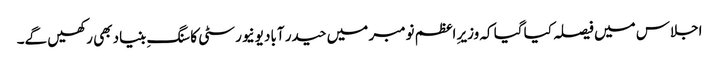
اجلاس میں فیصلہ کیا گیا کہ وزیرِ اعظم نومبر میں حیدر آباد یونیورسٹی کا سنگِ بنیاد بھی رکھیں گے۔